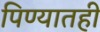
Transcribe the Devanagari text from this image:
पिण्यातही